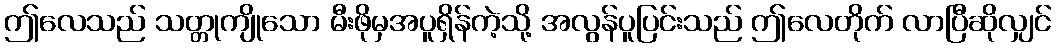
ဤလေသည် သတ္တုကျိုသော မီးဖိုမှအပူရှိန်ကဲ့သို့ အလွန်ပူပြင်းသည် ဤလေတိုက် လာပြီဆိုလျှင်